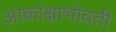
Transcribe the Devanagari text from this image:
आकांक्षाभोवती